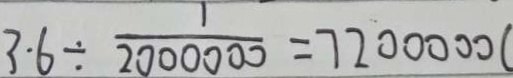
3 . 6 \div \frac { 1 } { 2 0 0 0 0 0 0 } = 7 2 0 0 0 0 0 (